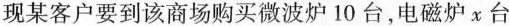
现某客户要到该商场购买微波炉10台，电磁炉x台